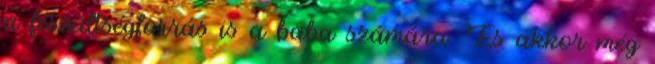
a feszültségforrás is a baba számára. És akkor még